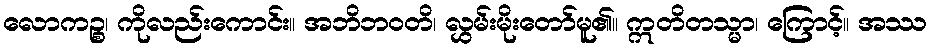
လောကဉ္စ၊ ကိုလည်းကောင်း။ အဘိဘဝတိ၊ လွှမ်းမိုးတော်မူ၏။ ဣတိတသ္မာ၊ ကြောင့်။ အဿ